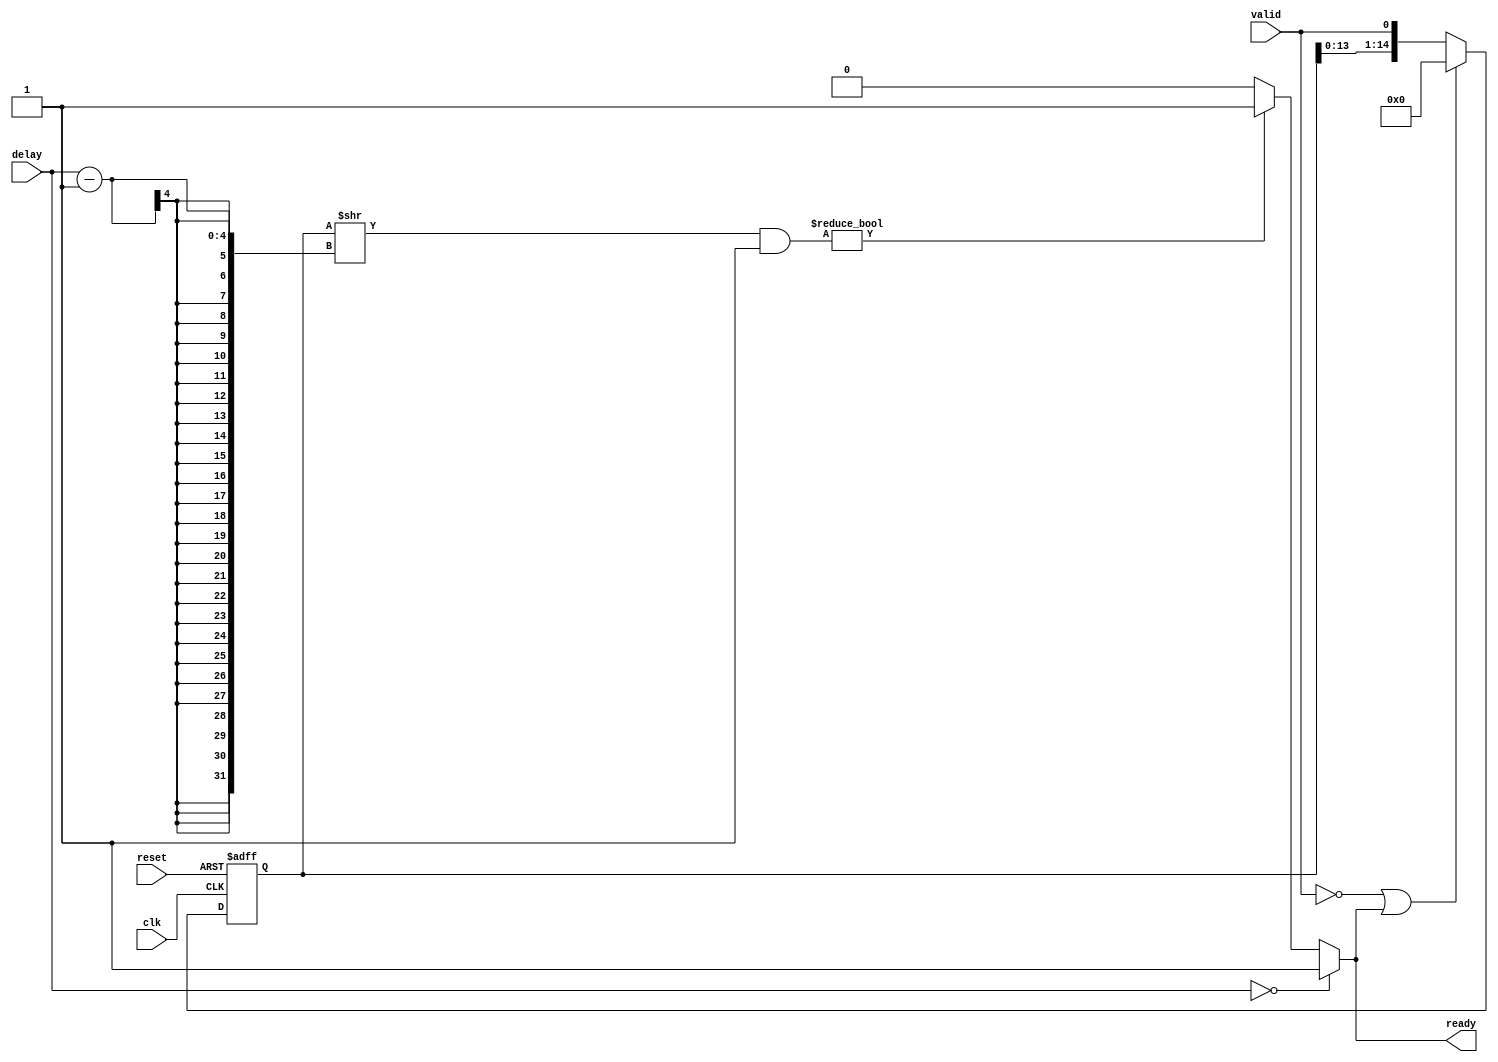
module  simul_axi_slow_ready(
    input         clk,
    input         reset,
    input  [3:0]  delay,
    input         valid,
    output        ready
    );
    reg   [14:0]  rdy_reg;
    assign ready=(delay==0)?1'b1: ((((rdy_reg[14:0] >> (delay-1)) & 1) != 0)?1'b1:1'b0);
    always @ (posedge clk or posedge reset) begin
        if (reset)                rdy_reg <=0;
        else if (!valid || ready) rdy_reg <=0;
        else rdy_reg <={rdy_reg[13:0],valid};
    end
endmodule